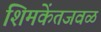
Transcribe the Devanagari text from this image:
शिमकेंतजवळ